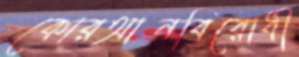
কোরআনবিরোধী